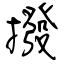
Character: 撥